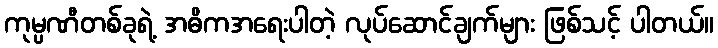
ကုမ္ပဏီတစ်ခုရဲ့ အဓိကအရေးပါတဲ့ လုပ်ဆောင်ချက်များ ဖြစ်သင့် ပါတယ်။